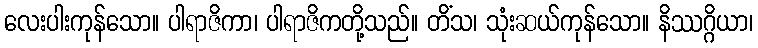
လေးပါးကုန်သော။ ပါရာဇိကာ၊ ပါရာဇိကတို့သည်။ တိံသ၊ သုံးဆယ်ကုန်သော။ နိဿဂ္ဂိယာ၊